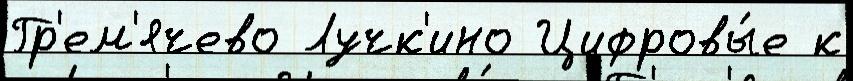
Гр'ем'ячево Лучк'ино Цифровы́е к